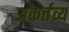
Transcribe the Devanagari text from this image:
अकर्तव्य